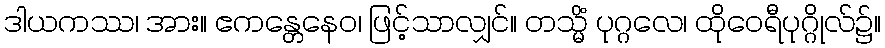
ဒါယကဿ၊ အား။ ဧကန္တေနေဝ၊ ဖြင့်သာလျှင်။ တသ္မိံ ပုဂ္ဂလေ၊ ထိုဝေရီပုဂ္ဂိုလ်၌။